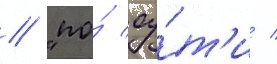
// "по́ су́т'и /